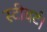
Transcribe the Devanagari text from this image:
स्टीवर्ट।